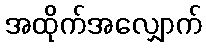
အထိုက်အလျှောက်